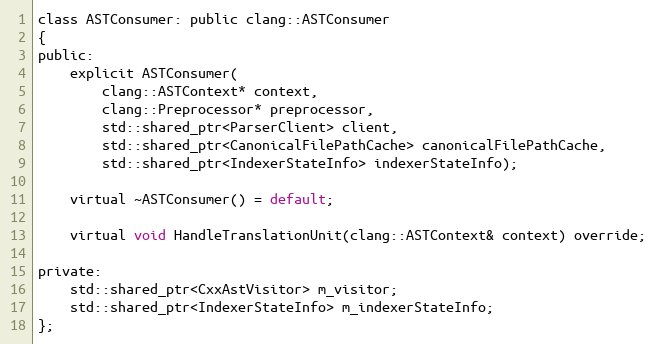
Language: C
class ASTConsumer: public clang::ASTConsumer
{
public:
	explicit ASTConsumer(
		clang::ASTContext* context,
		clang::Preprocessor* preprocessor,
		std::shared_ptr<ParserClient> client,
		std::shared_ptr<CanonicalFilePathCache> canonicalFilePathCache,
		std::shared_ptr<IndexerStateInfo> indexerStateInfo);

	virtual ~ASTConsumer() = default;

	virtual void HandleTranslationUnit(clang::ASTContext& context) override;

private:
	std::shared_ptr<CxxAstVisitor> m_visitor;
	std::shared_ptr<IndexerStateInfo> m_indexerStateInfo;
};